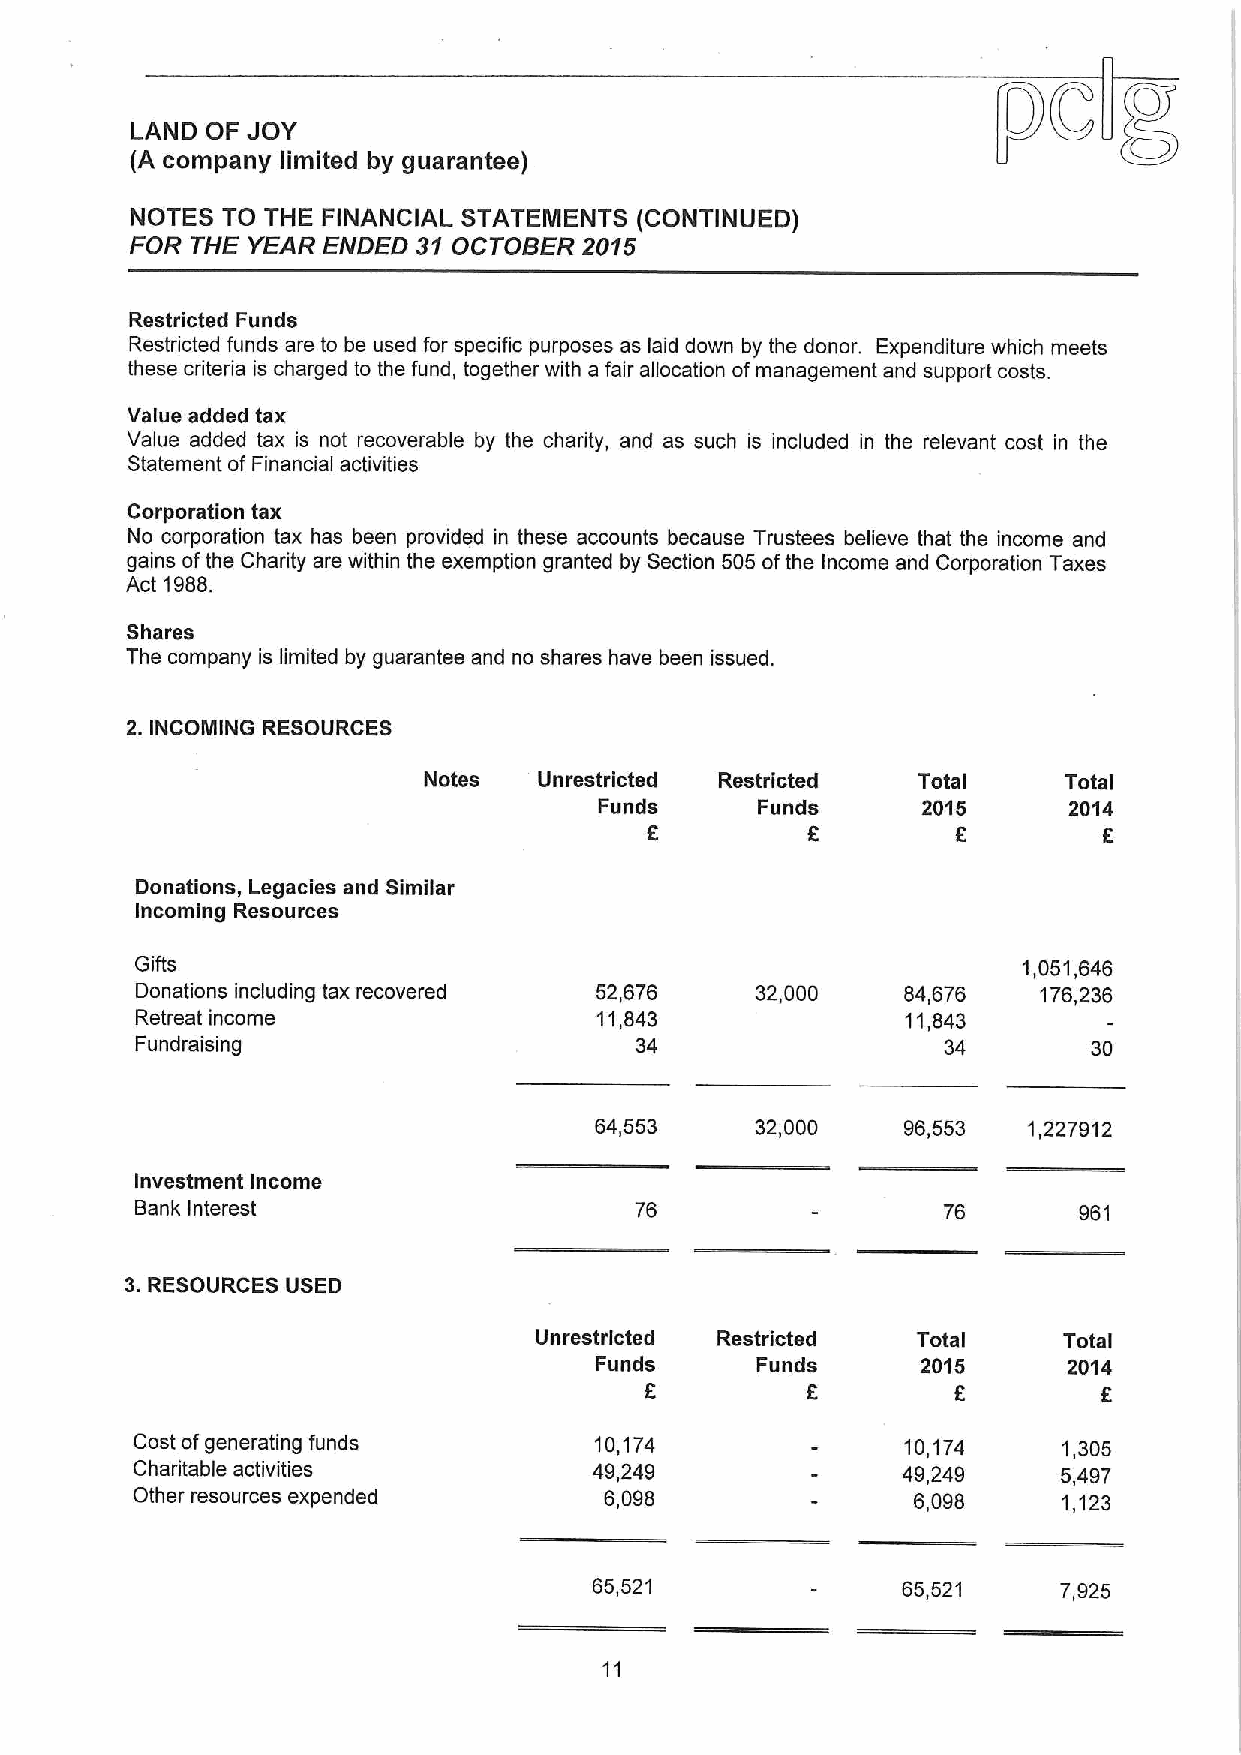
LAND OF JOY
 (A company limited by guarantee)
 NOTES TO THE FINANCIAL STATEMENTS (CONTINUED)
 FOR THE YEAR ENDED 31OCTOBER  2015
 Restricted Funds
 Restricted funds are to be used for specific purposes as laid down by the donor. Expenditure which meets
 these criteria is charged to the fund, together with a fair allocation ofmanagement and support costs.
 Value added tax
 Value added tax is not recoverable by the charity, and as such is included in the relevant cost in the
 Statement of Financial activities
 Corporation tax
 No corporation tax has been provided in these accounts because Trustees believe that the income and
 gains ofthe Charity are within the exemption granted by Section 505 ofthe Income and Corporation Taxes
 Act 1988.
 Shares
 The company is limited by guarantee and no shares have been issued.
 2.INCOMING RESOURCES
 Notes   Unrestricted Restricted  Total    Total
 Funds     Funds      2015      2014
 6         E         6
 Donations, Legacies and Similar
 Incoming Resources
 Gifts                                                      1,051,646
 Donations including tax recovered 52,676 32,000    84,676   176,236
 Retreat income                 11,843              11,843
 Fundraising                      34                   34       30
 64,553     32,000    96,553  1,227912
 Investment Income
 Bank Interest                    76                  76       961
 3.RESOURCES USED
 Unrestricted Restricted   Total    Total
 Funds      Funds      2015      2014
 6         K         f         6
 Cost ofgenerating funds       10,174               10,174    1,305
 Charitable activities         49,249               49,249    5,497
 Other resources expended       6,098               6,098     1,123
 65,521               65,521    7,925
 11